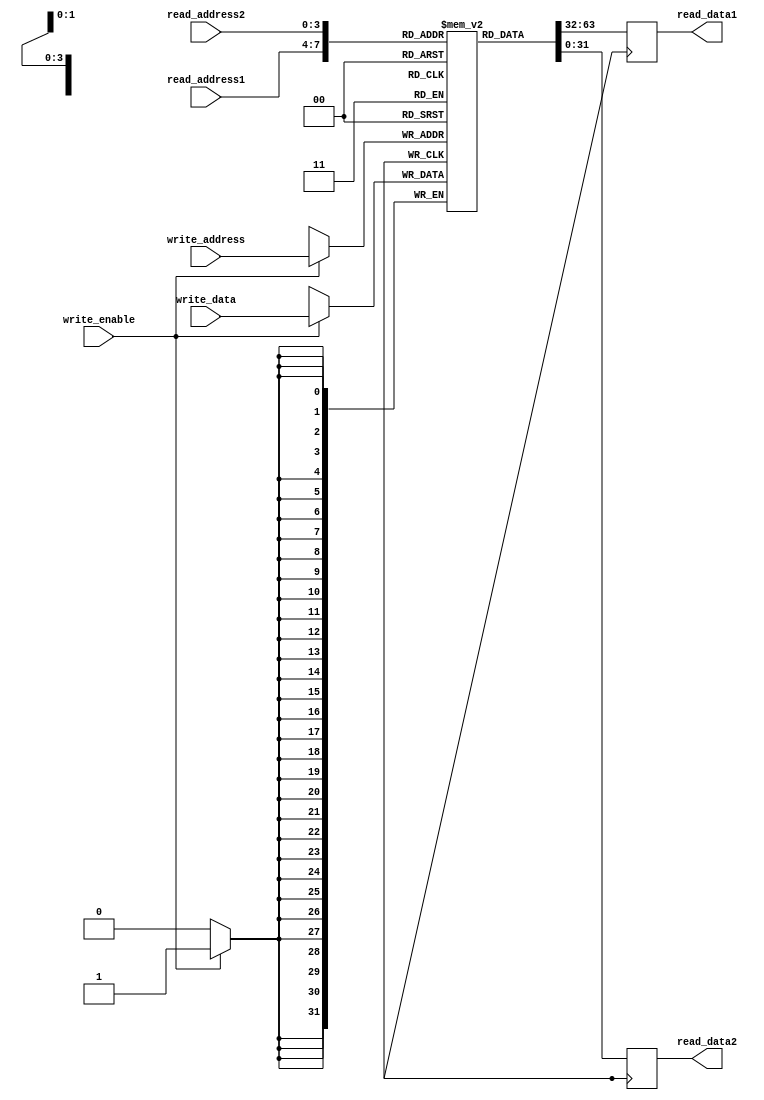
module register_file (
    input wire [3:0] read_address1,
    input wire [3:0] read_address2,
    input wire [3:0] write_address,
    input wire write_enable,
    input wire [31:0] write_data,
    output reg [31:0] read_data1,
    output reg [31:0] read_data2
);

reg [31:0] registers [0:15];

always @ (posedge clk)
begin
    if (write_enable)
        registers[write_address] <= write_data;
    
    read_data1 <= registers[read_address1];
    read_data2 <= registers[read_address2];
end

endmodule